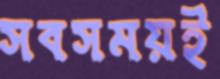
সবসময়ই